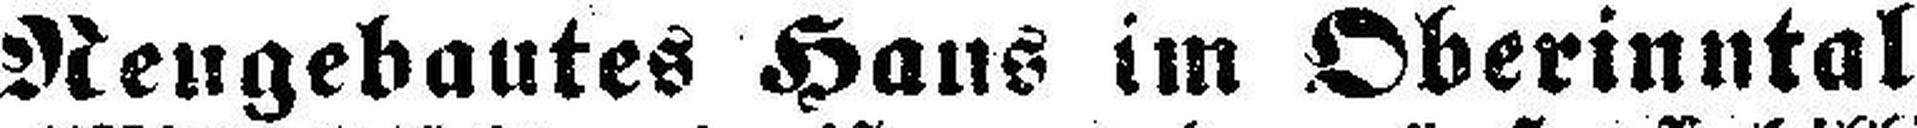
Neugebautes Hans im Oberinntal